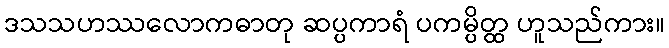
ဒသသဟဿလောကဓာတု ဆပ္ပကာရံ ပကမ္ပိတ္ထ ဟူသည်ကား။